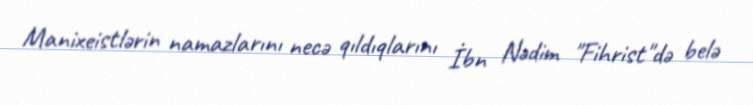
Manixeistlərin namazlarını necə qıldıqlarını İbn Nədim "Fihrist"də belə